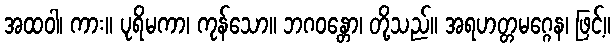
အထဝါ၊ ကား။ ပုရိမကာ၊ ကုန်သော။ ဘဂဝန္တော၊ တို့သည်။ အရဟတ္တမဂ္ဂေန၊ ဖြင့်။